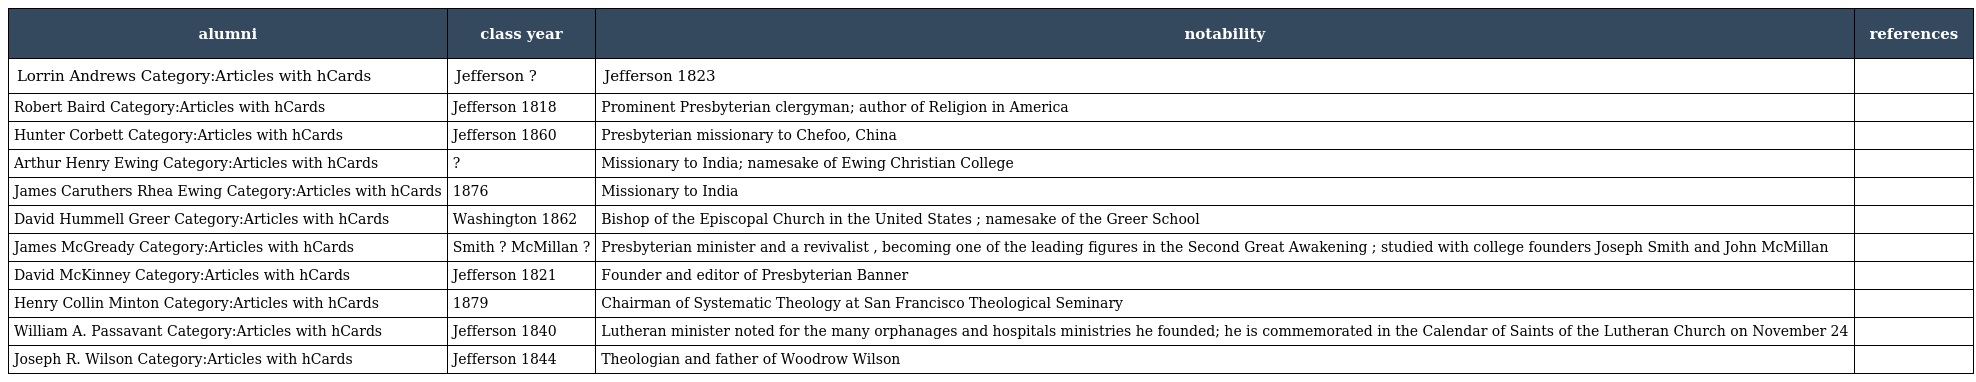
| alumni | class year | notability | references |
 | --- | --- | --- | --- |
 | Lorrin Andrews Category:Articles with hCards | Jefferson ? | Jefferson 1823 |  |
 | Robert Baird Category:Articles with hCards | Jefferson 1818 | Prominent Presbyterian clergyman; author of Religion in America |  |
 | Hunter Corbett Category:Articles with hCards | Jefferson 1860 | Presbyterian missionary to Chefoo, China |  |
 | Arthur Henry Ewing Category:Articles with hCards | ? | Missionary to India; namesake of Ewing Christian College |  |
 | James Caruthers Rhea Ewing Category:Articles with hCards | 1876 | Missionary to India |  |
 | David Hummell Greer Category:Articles with hCards | Washington 1862 | Bishop of the Episcopal Church in the United States ; namesake of the Greer School |  |
 | James McGready Category:Articles with hCards | Smith ? McMillan ? | Presbyterian minister and a revivalist , becoming one of the leading figures in the Second Great Awakening ; studied with college founders Joseph Smith and John McMillan |  |
 | David McKinney Category:Articles with hCards | Jefferson 1821 | Founder and editor of Presbyterian Banner |  |
 | Henry Collin Minton Category:Articles with hCards | 1879 | Chairman of Systematic Theology at San Francisco Theological Seminary |  |
 | William A. Passavant Category:Articles with hCards | Jefferson 1840 | Lutheran minister noted for the many orphanages and hospitals ministries he founded; he is commemorated in the Calendar of Saints of the Lutheran Church on November 24 |  |
 | Joseph R. Wilson Category:Articles with hCards | Jefferson 1844 | Theologian and father of Woodrow Wilson |  |